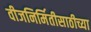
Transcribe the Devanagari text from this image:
वीजनिर्मितीसाठीच्या